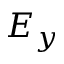
E _ { y }